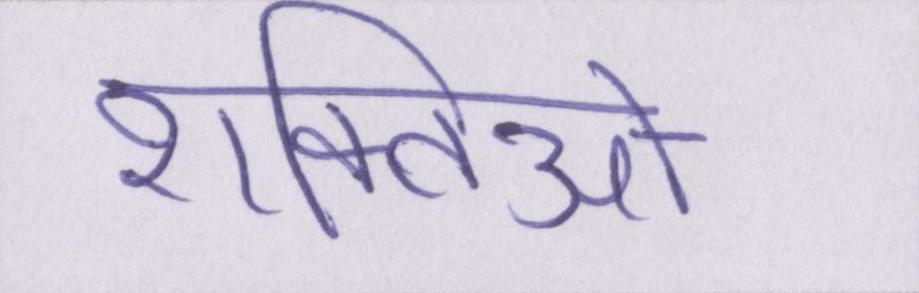
शक्तिओ